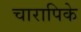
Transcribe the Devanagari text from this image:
चारापिके